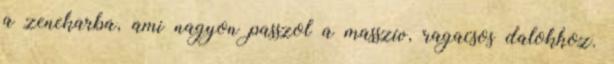
a zenekarba, ami nagyon passzol a masszív, ragacsos dalokhoz.